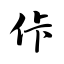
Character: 佧